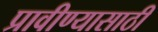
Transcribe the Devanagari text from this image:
प्रावीण्यासाठी